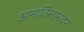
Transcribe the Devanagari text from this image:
आमातिसारावर